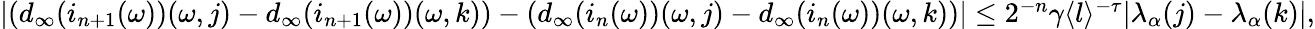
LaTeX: \begin{array}{r}{|(d_{\infty}(i_{n+1}(\omega))(\omega,j)-d_{\infty}(i_{n+1}(\omega))(\omega,k))-(d_{\infty}(i_{n}(\omega))(\omega,j)-d_{\infty}(i_{n}(\omega))(\omega,k))|\le 2^{-n}\gamma\langle l\rangle^{-\tau}|\lambda_{\alpha}(j)-\lambda_{\alpha}(k)|,}\end{array}